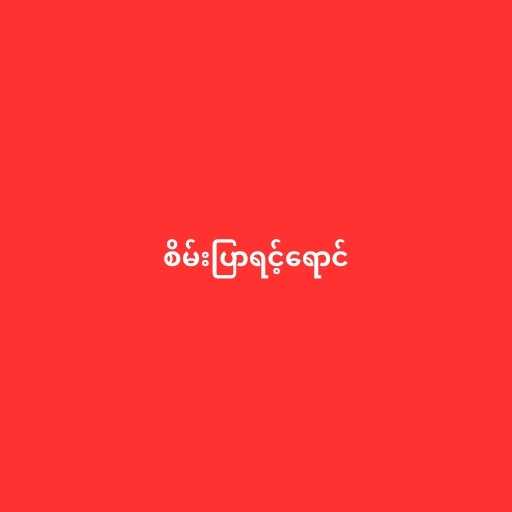
စိမ်းပြာရင့်ရောင်